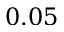
0 . 0 5